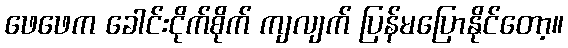
ဖေဖေက ခေါင်းငိုက်စိုက် ကျလျက် ပြန်မပြောနိုင်တော့။